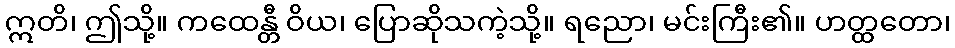
ဣတိ၊ ဤသို့။ ကထေန္တီ ဝိယ၊ ပြောဆိုသကဲ့သို့။ ရညော၊ မင်းကြီး၏။ ဟတ္ထတော၊